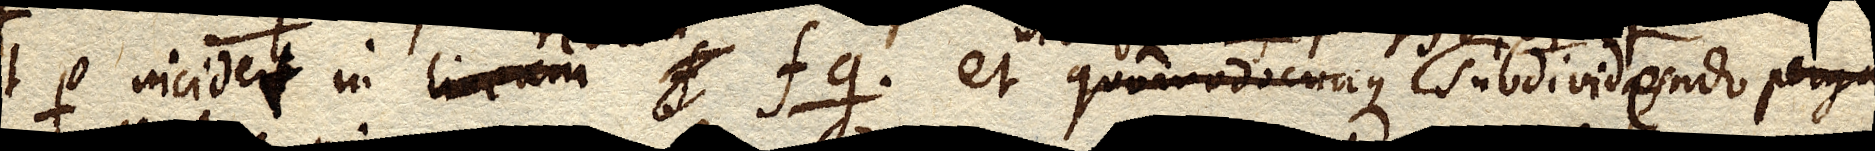
et p. incidet in lineam f fg. et quomodocunque subdividendo perga